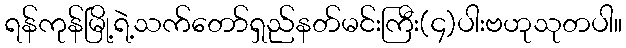
ရန်ကုန်မြို့ရဲ့သက်တော်ရှည်နတ်မင်းကြီး(၄)ပါးဗဟုသုတပါ။